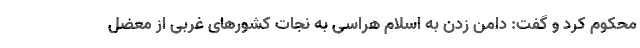
محکوم کرد و گفت: دامن زدن به اسلام هراسی به نجات کشورهای غربی از معضل